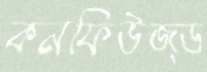
কনফিউজ্ড